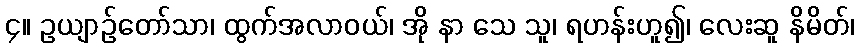
၄။ ဥယျာဉ်တော်သာ၊ ထွက်အလာဝယ်၊ အို နာ သေ သူ၊ ရဟန်းဟူ၍၊ လေးဆူ နိမိတ်၊